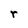
Character: r